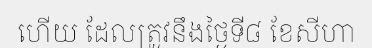
ហើយ ដែលត្រូវនឹងថ្ងៃទី៨ ខែសីហា